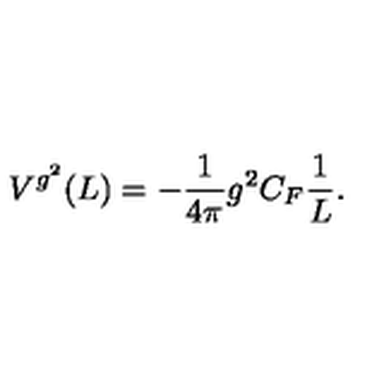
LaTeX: V ^ { g ^ { 2 } } ( L ) = - \frac { 1 } { { 4 \pi } } g ^ { 2 } C _ { F } \frac { 1 } { L } .